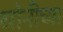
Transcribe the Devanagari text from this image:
धोनीच्या